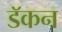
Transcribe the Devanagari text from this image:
डॅकन